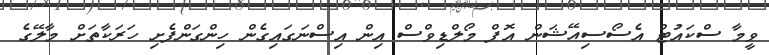
ވީމާ ސްކައުޓް އެސޯސިއޭޝަން އޮފް މޯލްޑިވްސް އިން އިސްނަގައިގެން ހިންގަންފެށި ހަރަކާތަށް މާލޭގެ